Annual report on the working of the lock hospitals in the North-Western Provinces and Oudh
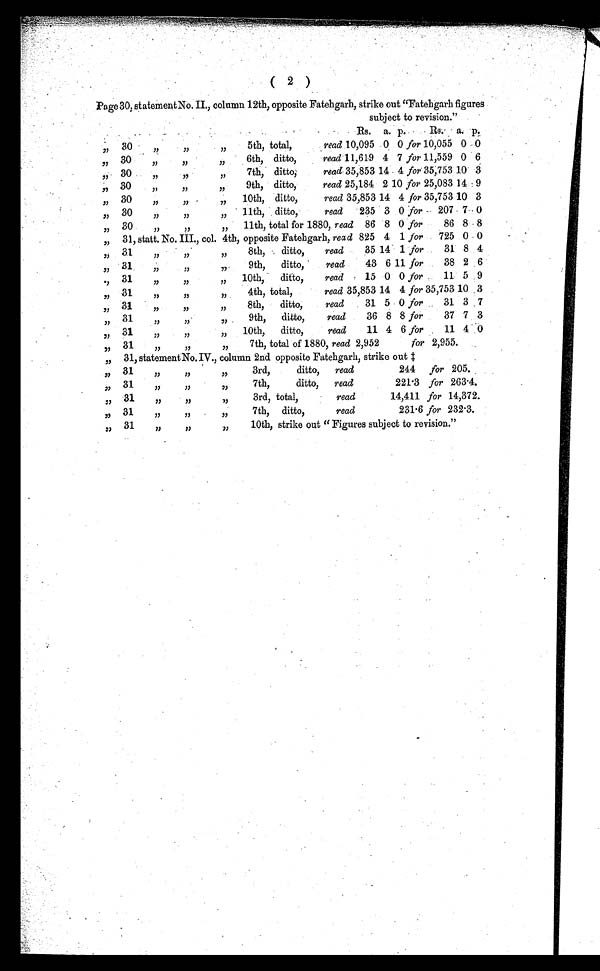
Page 30, statement No. II, column 12th, opposite Fatehgarh, strike out "Fatehgarh figures
subject to revision."
Rs. a. p.
Rs. a. p.
, ,
30
,,
, ,
5th, total,
read 10,095 0 0 for 10,055 0 0
, ,
30
„
„
„
6th, ditto,
read 11,619 4 7 for 11,559 0 6
, , 30
,,
„
„
7th, di t t o,
read 35,853
1 4 4 for 35,753 10 3
,, 30
,,
,
,,
9th, ditto,
read 25,184 2
1 0
for 25,083 14 9
, ,
30
„
„
,,
10th, ditto,
read 35,853 14 4 for 35,753 10 3
, , 30
,,
, ,
,,
11th, ditto,
read
235 3 0 for 207 7 0
, , 30
,,
, ,
„
11th, total for 1880, read 86 8 0 for
86 8 8
, , 31, statt. No. III.,col. 4th, opposite Fatehgarh, read 825 4 1 for 725 0 0
, ,
31
,, ,,
,,
8th,
ditto,
read
35 14 1 for
31 8 4
, , 31
,, ,,
,,
9th, ditto,
read
43 6 11 for
38 2 6
, ,
31
,, ,,
,,
10th,
ditto,
read. 15 0 0 for
11 5 9
, ,
31
,, ,,
,,
4th, total,
read 35,853 14 4 for 35,753 10 3
,, 31
,,
,,
,,
8th,
ditto,
read
31 5 0 for
31 3 7
, ,
31
, ,
, ,
,,
9th, ditto,
read
36 8 8 for
37 7 3
, ,
31
,, ,,
,,
10th, ditto,
read
11 4 6 for
11 4 0
, ,
31
,, ,,
,,
7th, total of 1880, read 2,952
for 2,955.
, ,
31 statement No. IV., column 2nd opposite Fatehgarh, strike out ‡
,, 31
,,
, ,
,,
3rd,
ditto, read
244 for 205.
, ,
31
,,
, ,
7th,
ditto, read
221·3 for 263·4.
, ,
31
, ,
,,
3rd, total,
read
14,411 for 14,372.
, , 31
,,
, ,
,,
7th, ditto,
read
231·6 for 232·3.
, , 31
,,
, ,
,,
10th, strike out " Figures subject to revision."